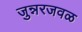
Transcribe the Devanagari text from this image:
जुन्नरजवळ